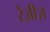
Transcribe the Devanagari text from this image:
रेज़ीज़